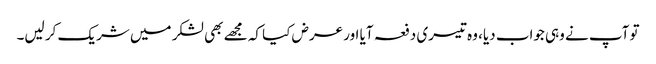
تو آپ نے وہی جواب دیا، وہ تیسری دفعہ آیا اور عرض کیا کہ مجھے بھی لشکر میں شریک کر لیں۔